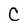
Character: C